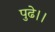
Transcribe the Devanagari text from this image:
पुढे।।